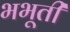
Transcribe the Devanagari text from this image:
भभूती